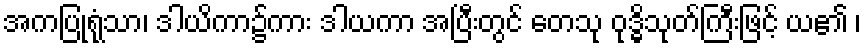
အကပြုရုံသာ၊ ဒါယိကာ၌ကား ဒါယကာ အပြီးတွင် တေသု ဝုဒ္ဓိသုတ်ကြီးဖြင့် ယ၏ ၊